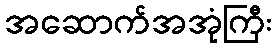
အဆောက်အအုံကြီး